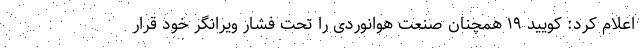
اعلام کرد: کویید ۱۹ همچنان صنعت هوانوردی را تحت فشار ویرانگر خود قرار